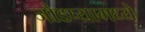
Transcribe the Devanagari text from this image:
जोडप्यामध्ये